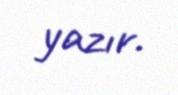
yazır.